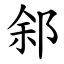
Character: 䣄